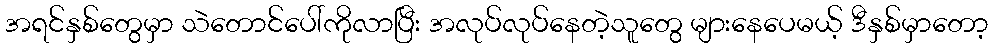
အရင်နှစ်တွေမှာ သဲတောင်ပေါ်ကိုလာပြီး အလုပ်လုပ်နေတဲ့သူတွေ များနေပေမယ့် ဒီနှစ်မှာတော့